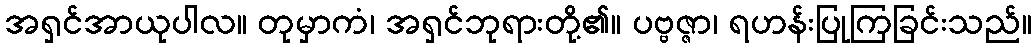
အရှင်အာယုပါလ။ တုမှာကံ၊ အရှင်ဘုရားတို့၏။ ပဗ္ဗဇ္ဇာ၊ ရဟန်းပြုကြခြင်းသည်။